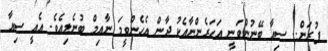
ފުރަން.. ސިއާ ބޭނުންވަނީ އަހަރެންނާއެކު ދާން އެހެންވީމަ ނާއިމް ބުނެލިއެވެ. އެއީ ސިއާ